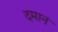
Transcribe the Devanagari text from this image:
दमानं